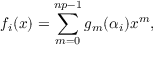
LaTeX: f _ { i } ( x ) = \sum _ { m = 0 } ^ { n p - 1 } g _ { m } ( \alpha _ { i } ) x ^ { m } ,